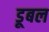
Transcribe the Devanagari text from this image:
डूबल